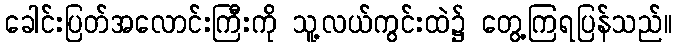
ခေါင်းပြတ်အလောင်းကြီးကို သူ့လယ်ကွင်းထဲ၌ တွေ့ကြရပြန်သည်။